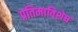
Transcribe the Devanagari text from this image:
प्रतिमाविशेष